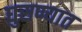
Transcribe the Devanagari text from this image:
घुसण्यात